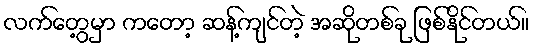
လက်တွေ့မှာ ကတော့ ဆန့်ကျင်တဲ့ အဆိုတစ်ခု ဖြစ်နိုင်တယ်။